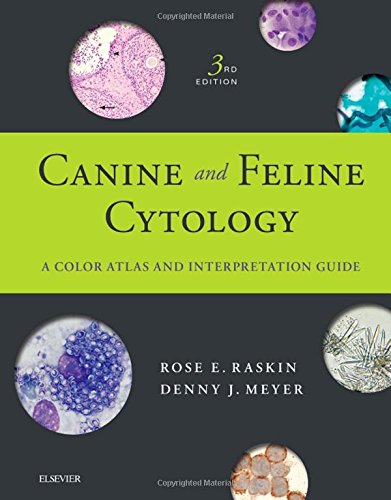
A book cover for Canine and Feline Cytology: A Color Atlas and Interpretation Guide, 3e; Rose E. Raskin DVM  PhD  DACVP; Medical Books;